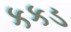
કકડ